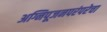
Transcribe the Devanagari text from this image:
अग्निपूजनपरंपरेचा